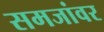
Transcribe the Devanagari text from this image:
समजांवर